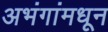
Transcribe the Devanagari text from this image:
अभंगांमधून